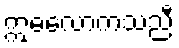
ဣဓလောကသညီ